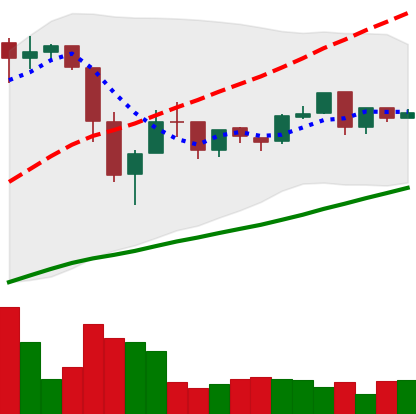
Ticker: BTC-USD
Chart end date: 2016-07-06
Forward return: -4.381%
Label: down_3_5